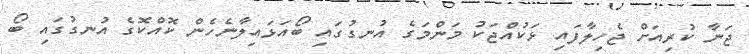
ޖަނާ ކުރިއަށް ޖެހިލާފައި ޅަކުއްޖަކު މަންމަގެ އުނގުގައި ބޯއަޅައިލާނެހެން ކޮއްކޮގެ އުނގުގައި ބޯ